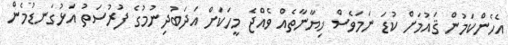
އެހެންކަމުން ޤައުމަށް ކުޑަ ނަމަވެސް ޚިޔާނާތެއް ވެއްޖެ މީހަކަށް އަދަބުދިނުމުގެ ފުރުސަތު އަޅުގަނޑުމެން